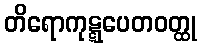
တိရောကုဋ္ဋပေတဝတ္ထု